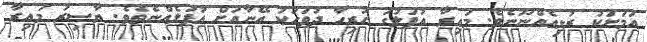
އަމަށަކު ރުޅިއެއްނޫނެވެ. މައިރާ އުފަލުގަ ހުރިހާ ދުވަހަކު އޭނާއަށް އުފަލެއްނެތެވެ. ޔާސިރު މައިރާ